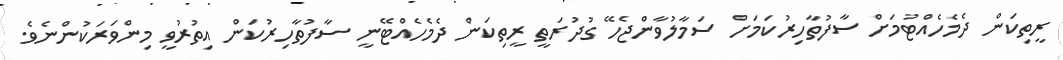
ރީތިކަން ދެމެހެއްޓުމަށް ސާފުތާހިރުކަމަށް ސަމާލުވާންޖެހޭ ގުދުރަތީ ރީތިކަން ދެމެހެއްޓޭނީ ސާފުތާހިރުކަން އިތުރުވީ މިންވަރަކުންނެވެ.